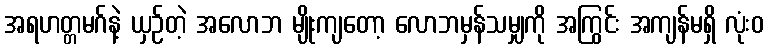
အရဟတ္တမဂ်နဲ့ ယှဉ်တဲ့ အလောဘ မျိုးကျတော့ လောဘမှန်သမျှကို အကြွင်း အကျန်မရှိ လုံးဝ